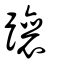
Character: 躟